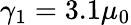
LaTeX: \gamma_{1}=3.1\mu_{0}